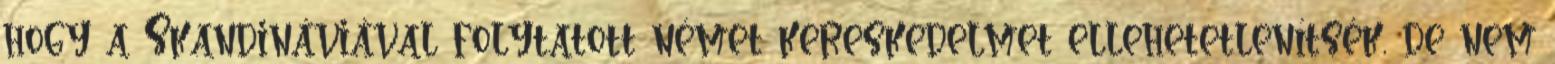
hogy a Skandináviával folytatott német kereskedelmet ellehetetlenítsék, de nem